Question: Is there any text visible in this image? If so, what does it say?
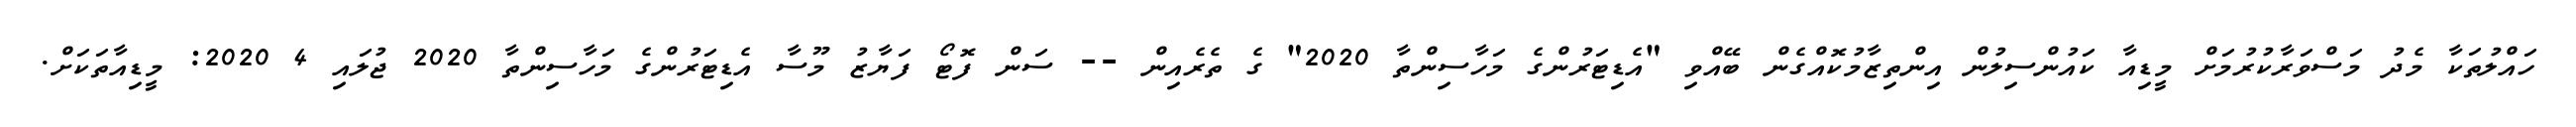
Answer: ހައްލުތަކާ މެދު މަސްވަރާކުރުމަށް މީޑިއާ ކައުންސިލުން އިންތިޒާމުކޮއްގެން ބޭއްވި "އެޑިޓަރުންގެ މަހާސިންތާ 2020" ގެ ތެރެއިން -- ސަން ފޮޓޯ ފަޔާޒު މޫސާ އެޑިޓަރުންގެ މަހާސިންތާ 2020 ޖުލައި 4 2020: މީޑިއާތަކަށް.